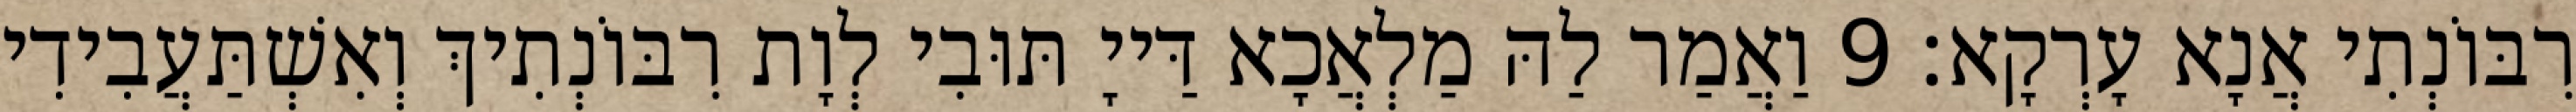
רִבּוֹנְתִי אֲנָא עָרְקָא׃ 9 וַאֲמַר לַהּ מַלְאֲכָא דַּייָ תּוּבִי לְוָת רִבּוֹנְתִיךְ וְאִשְׁתַּעֲבִידִי